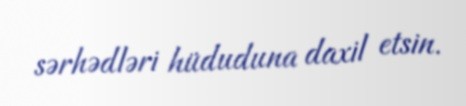
sərhədləri hüduduna daxil etsin.